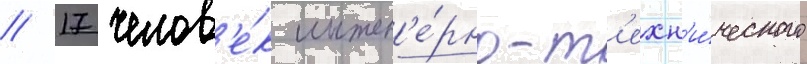
/ 17 челов'е́к инжен'е́рно-т'ехн'и́ческого